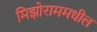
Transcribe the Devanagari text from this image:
मिझोराममधील